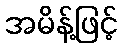
အမိန့်ဖြင့်